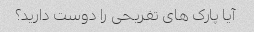
آیا پارک های تفریحی را دوست دارید؟